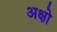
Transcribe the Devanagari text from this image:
अक्षो